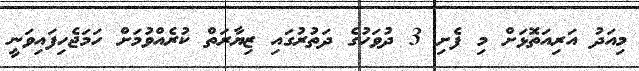
މިއަދު އަރިއަތޮޅަށް މި ފެށި 3 ދުވަހުގެ ދަތުރުގައި ޒިޔާރަތް ކުރެއްވުމަށް ހަމަޖެހިފައިވަނީ